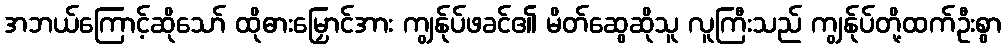
အဘယ်ကြောင့်ဆိုသော် ထိုဓားမြှောင်အား ကျွန်ုပ်ဖခင်၏ မိတ်ဆွေဆိုသူ လူကြီးသည် ကျွန်ုပ်တို့ထက်ဦးစွာ